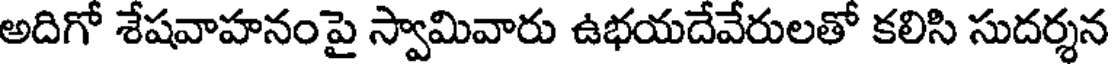
అదిగో శేషవాహనంపై స్వామివారు ఉభయదేవేరులతో కలిసి సుదర్శన